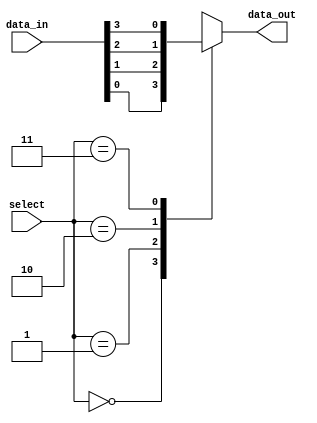
module mux_4to1 (
    input wire [3:0] data_in,
    input wire [1:0] select,
    output reg data_out
);

always @ (*) begin
    case (select)
        2'b00: data_out = data_in[0];
        2'b01: data_out = data_in[1];
        2'b10: data_out = data_in[2];
        2'b11: data_out = data_in[3];
        default: data_out = 4'bxxxx; // default output in case of invalid select
    endcase
end

endmodule